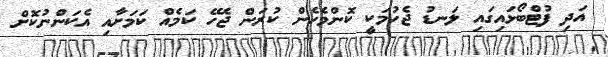
އަދި ފުޓްބޯޅައިގައި ލަނޑު ޖެހުމަކީ ކޮންމެހެން ކުރަން ޖެހޭ ކަމެއް ކަމަށާއި އެކަންނުކޮށް